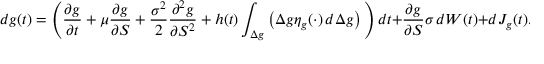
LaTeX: d g ( t ) = \left( { \frac { \partial g } { \partial t } } + \mu { \frac { \partial g } { \partial S } } + { \frac { \sigma ^ { 2 } } { 2 } } { \frac { \partial ^ { 2 } g } { \partial S ^ { 2 } } } + h ( t ) \int _ { \Delta g } \left( \Delta g \eta _ { g } ( \cdot ) \, d { \Delta } g \right) \, \right) d t + { \frac { \partial g } { \partial S } } \sigma \, d W ( t ) + d J _ { g } ( t ) .